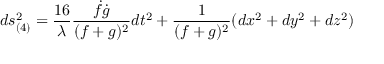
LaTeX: d s _ { ( 4 ) } ^ { 2 } = \frac { 1 6 } { \lambda } \frac { \dot { f } \dot { g } } { ( f + g ) ^ { 2 } } d t ^ { 2 } + \frac { 1 } { ( f + g ) ^ { 2 } } ( d x ^ { 2 } + d y ^ { 2 } + d z ^ { 2 } )